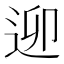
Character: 𨒖